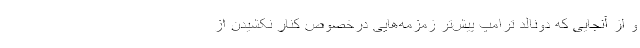
و از آنجایی که دونالد ترامپ پیش‌تر زمزمه‌هایی درخصوص کنار نکشیدن از